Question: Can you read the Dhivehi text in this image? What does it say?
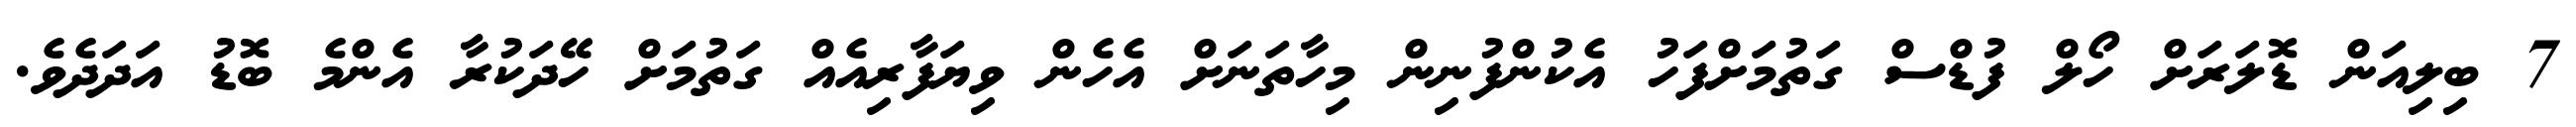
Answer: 7 ބިލިއަން ޑޮލަރަށް ހޯލް ފުޑްސް ގަތުމަށްފަހު އެކުންފުނިން މިހާތަނަށް އެހެން ވިޔަފާރިއެއް ގަތުމަށް ހޭދަކުރާ އެންމެ ބޮޑު އަދަދެވެ.